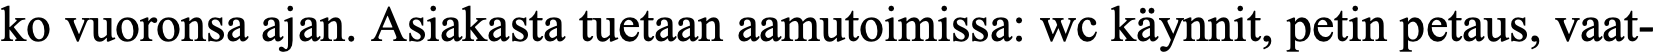
ko vuoronsa ajan. Asiakasta tuetaan aamutoimissa: wc käynnit, petin petaus, vaat-